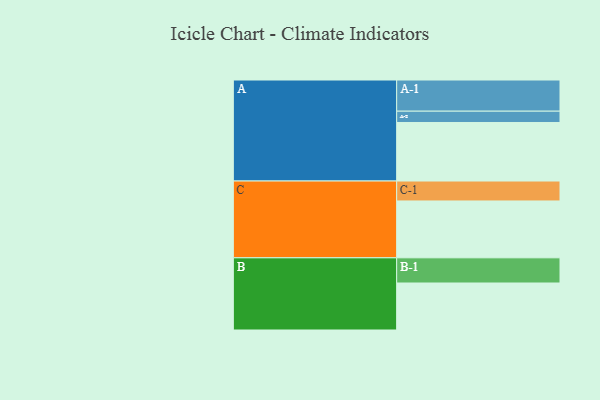
{"axis": {"x": "Segment", "y": "Value"}, "legend": ["", "A", "B", "C"], "data": [{"x": "A", "y": 558, "type": ""}, {"x": "B", "y": 448, "type": ""}, {"x": "C", "y": 542, "type": ""}, {"x": "A-1", "y": 297, "type": "A"}, {"x": "A-2", "y": 108, "type": "A"}, {"x": "B-1", "y": 240, "type": "B"}, {"x": "C-1", "y": 190, "type": "C"}]}